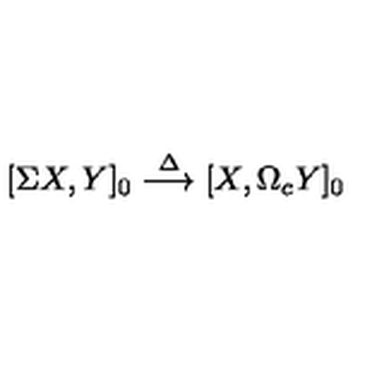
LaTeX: [ \Sigma X , Y ] _ { 0 } \stackrel { \Delta } { \longrightarrow } [ X , \Omega _ { c } Y ] _ { 0 }